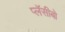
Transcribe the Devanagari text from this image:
प्लॅसीबो